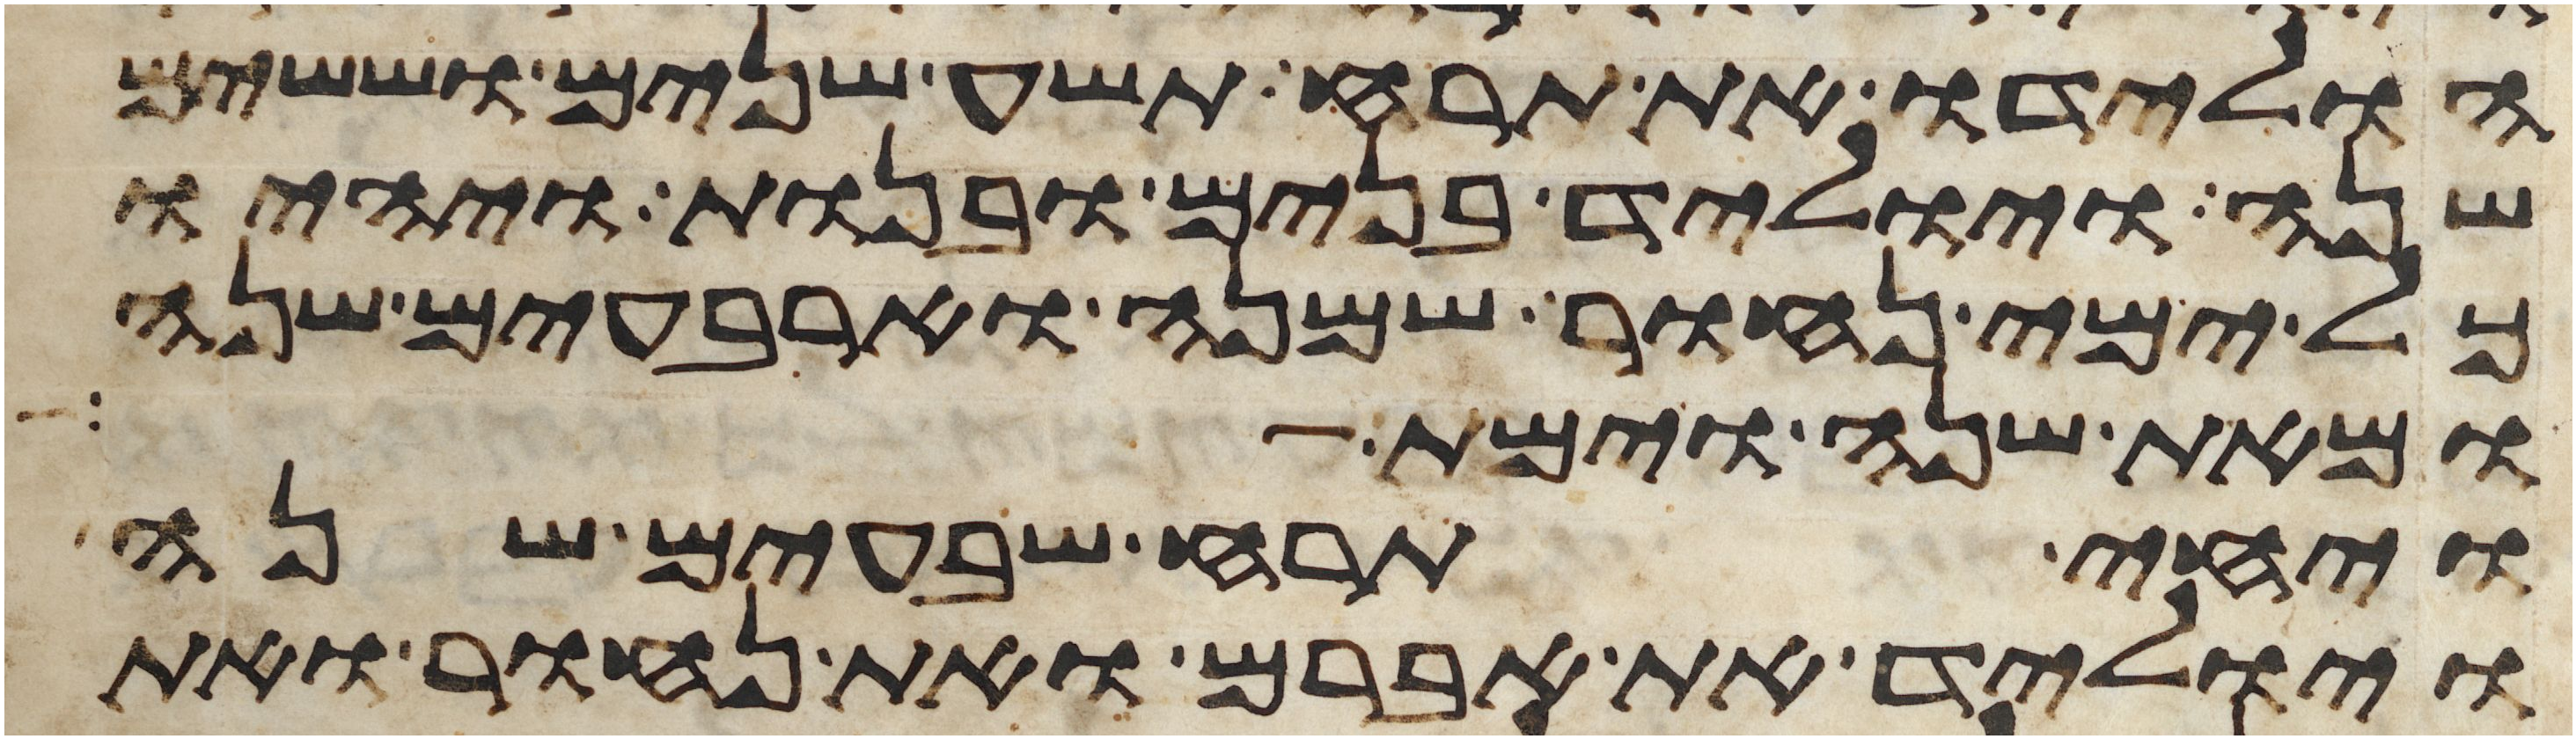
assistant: הולידו את תרח תשע שנים וששים
שנה ויוליד בנים ובנות ויהיו
כל ימי נחור שמנה וארבעים שנה
ומאת שנה וימת
ויחי תרח שבעים שנה
ויוליד את אברם ואת נחור ואת